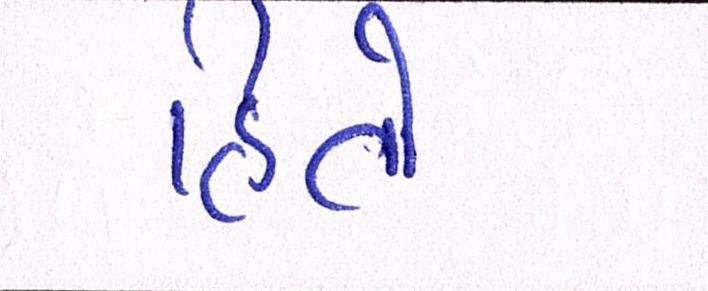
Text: હિતો